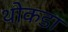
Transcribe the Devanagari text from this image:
थोकडा